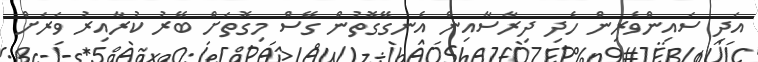
އަދި ސައިންވެރިން ހެދި ދިރާސާއިން އެނގޭގޮތުން ގޭސް މިގޮތަށް ބޭރު ކުރާއިރު ވަރަށް